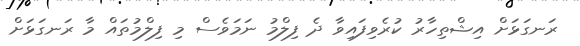
ރަނގަޅަށް އިޝްތިހާރު ކުރެވިފައިވާ ދެ ފިލްމު ނަމަވެސް މި ފިލްމުތައް މާ ރަނގަޅަށް